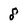
Character: 8